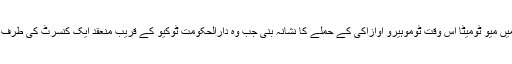
مئی 2016 میں میو ٹومیٹا اس وقت ٹوموہیرو اوازاکی کے حملے کا نشانہ بنی جب وہ دارالحکومت ٹوکیو کے قریب منعقد ایک کنسرٹ کی طرف جا رہی تھیں۔